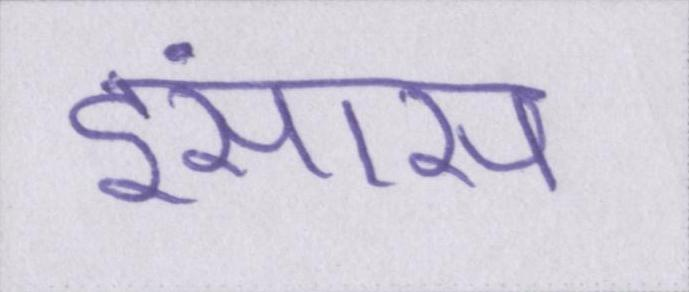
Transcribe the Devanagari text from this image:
इंसास